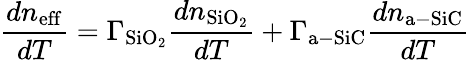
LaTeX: \frac{dn_{\mathrm{eff}}}{dT}=\Gamma_{\mathrm{SiO_{2}}}\frac{dn_{\mathrm{SiO_{2}}}}{dT}+\Gamma_{\mathrm{a-SiC}}\frac{dn_{\mathrm{a-SiC}}}{dT}